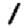
Digit: 1